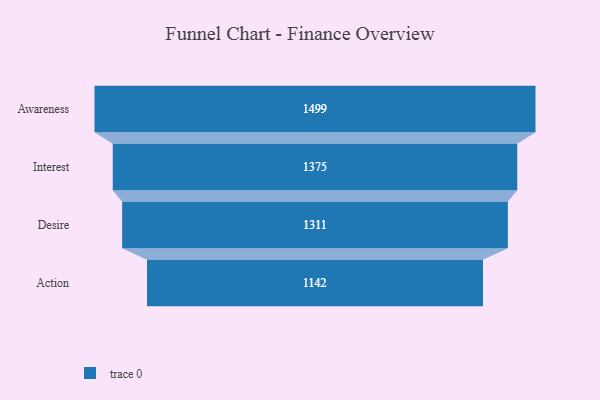
{"axis": {"x": "Stage", "y": "Value"}, "legend": [""], "data": [{"x": "Awareness", "y": 1499.0, "type": ""}, {"x": "Interest", "y": 1375.0, "type": ""}, {"x": "Desire", "y": 1311.0, "type": ""}, {"x": "Action", "y": 1142.0, "type": ""}]}